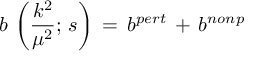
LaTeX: b \, \left( \frac { k ^ { 2 } } { \mu ^ { 2 } } ; \, s \right) \, = \, b ^ { p e r t } \, + \, b ^ { n o n p }